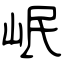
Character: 岷